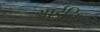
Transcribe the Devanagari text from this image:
आईलिड